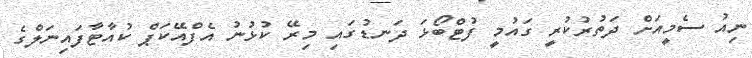
ނިއު ސެމީއަށް ދަތުރުކުރީ ގައުމީ ފުޓްބޯޅަ ދަނޑުގައި މިރޭ ކުޅުނު އެފްއޭކަޕް ކުއާޓާފައިނަލްގެ